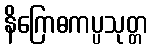
နိဂြောဓကပ္ပသုတ္တ